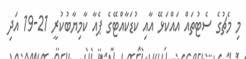
މި މެޗުގެ ސެޓުތައް އައްކަޅޭ އާއި ކުޑަކާއްޓޭގެ ޕެއާ ކާމިޔާބުކުރީ 21-19 އަދި